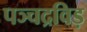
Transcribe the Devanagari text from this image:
पञ्चद्रविड़